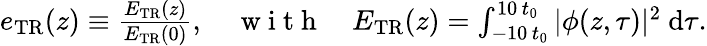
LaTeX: \begin{array}{r}{e_{\mathrm{{TR}}}(z)\equiv\frac{E_{\mathrm{{TR}}}(z)}{E_{\mathrm{{TR}}}(0)},\quad\mathrm{~w~i~t~h~}\quad E_{\mathrm{{TR}}}(z)=\int_{-10\, t_{0}}^{10\, t_{0}}|\phi(z,\tau)|^{2}~\mathrm{{d}}\tau.}\end{array}